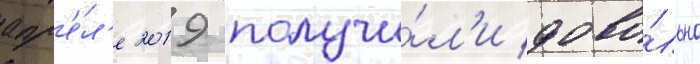
апр'е́л'е 2019 получи́л'и дово́льно